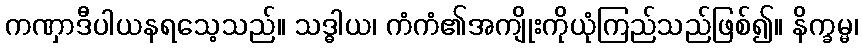
ကဏှာဒီပါယနရသေ့သည်။ သဒ္ဓါယ၊ ကံကံ၏အကျိုးကိုယုံကြည်သည်ဖြစ်၍။ နိက္ခမ္မ၊